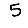
Digit: 5